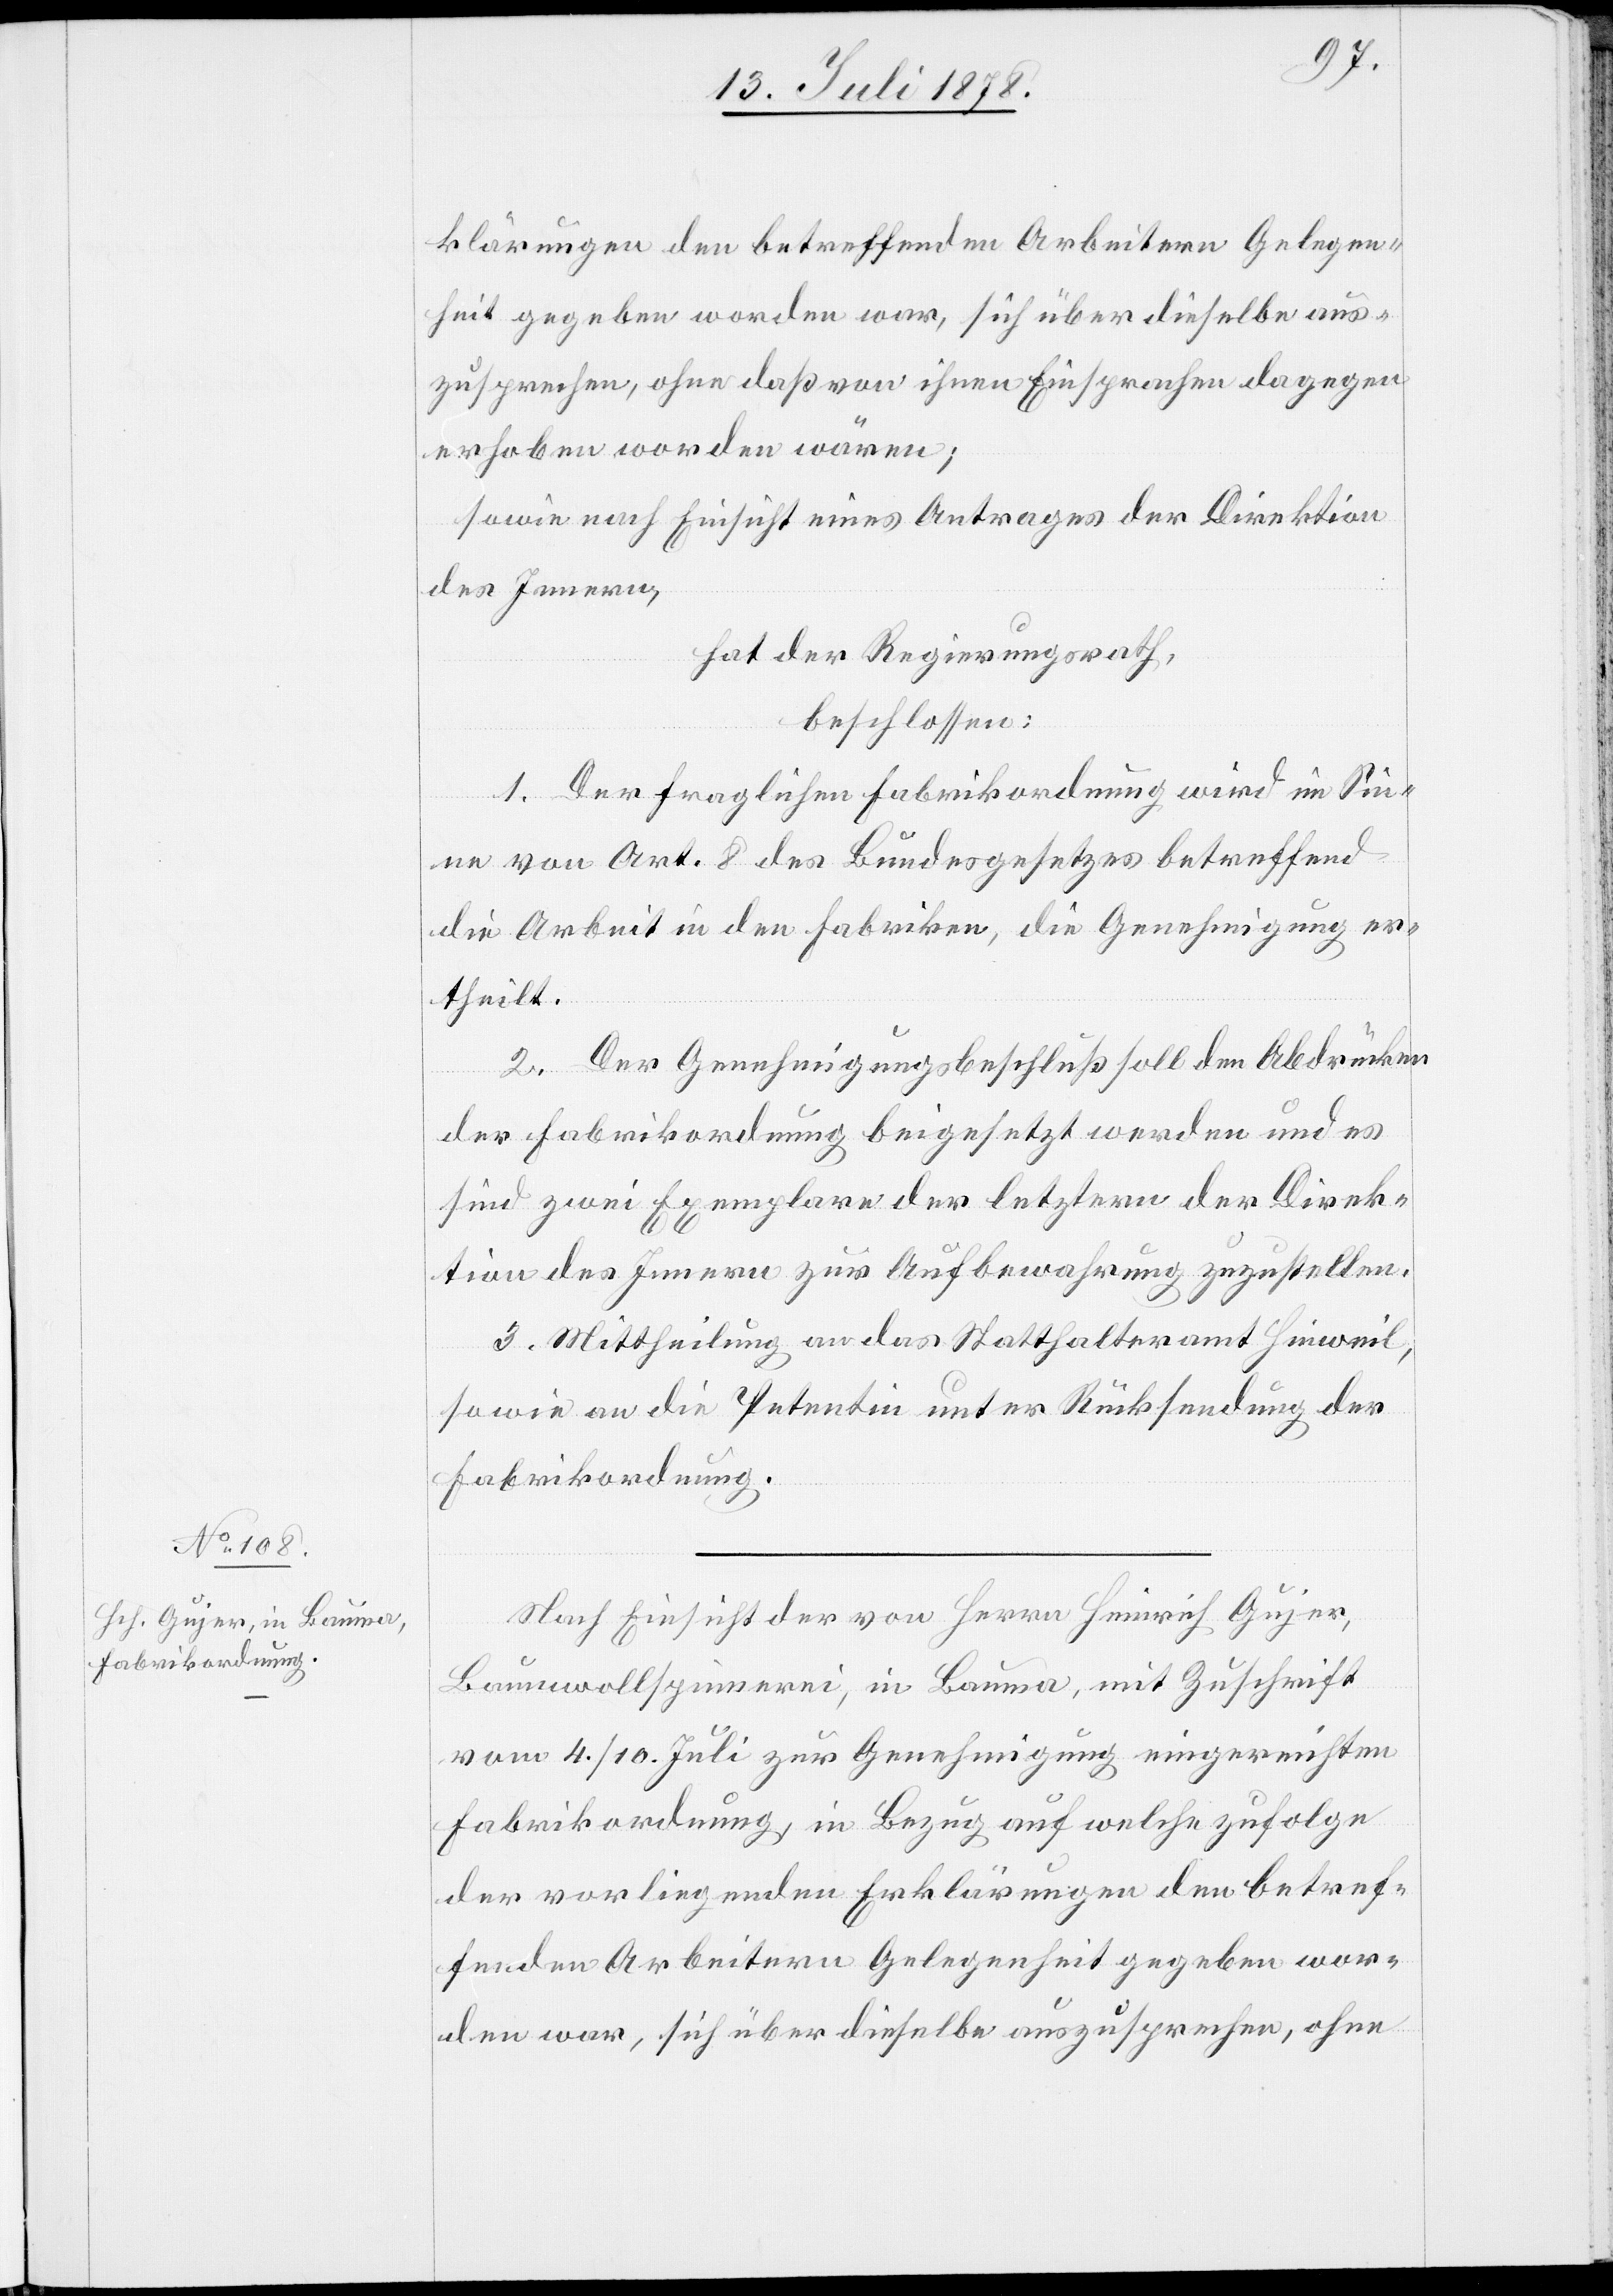
klärungen den betreffenden Arbeitern Gelegen¬
heit gegeben worden war, sich über dieselbe aus¬
zusprechen, ohne daß von ihnen Einsprachen dagegen
erhoben worden wären;
sowie nach Einsicht eines Antrages der Direktion
des Innern,
hat der Regierungsrath,
beschlossen:
1. Der fraglichen Fabrikordnung wird im Sin¬
ne von Art. 8 des Bundesgesetzes betreffend
die Arbeit in den Fabriken, die Genehmigung er¬
theilt.
2. Der Genehmigungsbeschluß soll den Abdrücken
der Fabrikordnung beigesetzt werden und es
sind zwei Exemplare der letztern der Direk¬
tion des Innern zur Aufbewahrung zuzustellen.
3. Mittheilung an das Statthalteramt Hinweil,
sowie an die Petentin unter Rücksendung der
Fabrikordnung.
Nach Einsicht der von Herrn Heinrich Gujer,
Baumwollspinnerei, in Bauma, mit Zuschrift
vom 4./10. Juli zur Genehmigung eingereichten
Fabrikordnung, in Bezug auf welche zufolge
der vorliegenden Erklärungen den betref¬
fenden Arbeitern Gelegenheit gegeben wor¬
den war, sich über dieselbe auszusprechen, ohne